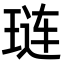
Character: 琏